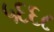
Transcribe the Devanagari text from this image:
५६६८